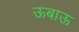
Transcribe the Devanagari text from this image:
ऊबाऊ